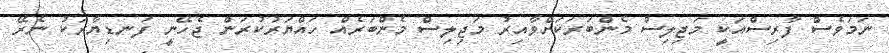
ނަމަވެސް ފާރިސްއަކީ މަޖިލިސް މެންބަރަަކަށްވާއިރު މަޖިލިސް މެންބަރެއް ހައްޔަރުކުރަން ޖެހޭނީ ފަނޑިޔާރަކު ނެރޭ